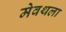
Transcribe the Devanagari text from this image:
मेवथला